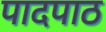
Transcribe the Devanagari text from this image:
पादपाठ